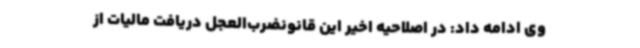
وی ادامه داد: در اصلاحیه اخیر این قانونضرب‌العجل دریافت مالیات از